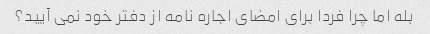
بله اما چرا فردا برای امضای اجاره نامه از دفتر خود نمی آیید؟